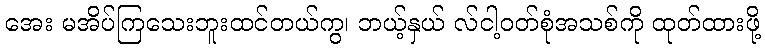
အေး မအိပ်ကြသေးဘူးထင်တယ်ကွ၊ ဘယ့်နှယ် လ်ငါ့ဝတ်စုံအသစ်ကို ထုတ်ထားဖို့